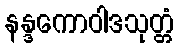
နန္ဒကောဝါဒသုတ္တံ